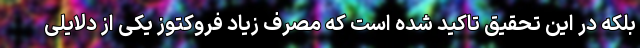
بلکه در این تحقیق تاکید شده است که مصرف زیاد فروکتوز یکی از دلایلی